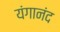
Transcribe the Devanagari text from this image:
यंगानंद